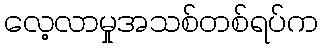
လေ့လာမှုအသစ်တစ်ရပ်က